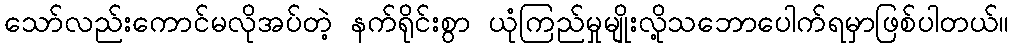
သော်လည်းကောင်မလိုအပ်တဲ့ နက်ရိုင်းစွာ ယုံကြည်မှုမျိုးလို့သဘောပေါက်ရမှာဖြစ်ပါတယ်။